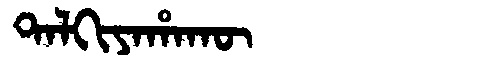
Manchu: ᡨᠠᠯᡴᡳᠶᠠᡥᠠᡴᡡ
Romanization: TALKIYAHAKŪ